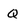
Character: Q